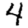
Digit: 4